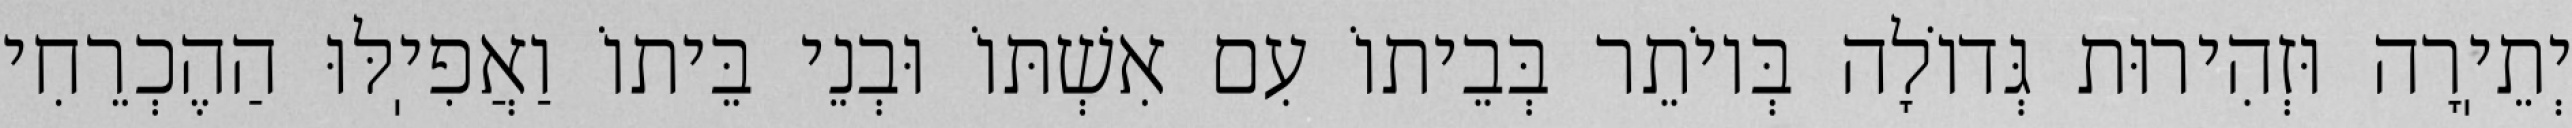
יְתֵיֽרָה וּזְהִירוּת גְּדוֹלָה בְּיוֹתֵר בְּבֵיתוֹ עִם אִשְׁתּוֹ וּבְנֵי בֵּיתוֹ וַאֲפִיֽלּוּ הַהֶכְרֵחִי